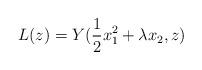
LaTeX: \begin{align*}L(z) = Y(\frac{1}{2}x_1^2 +\lambda x_2,z)\end{align*}